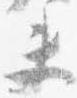
夫